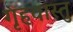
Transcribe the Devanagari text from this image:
गृहवास्तु